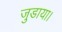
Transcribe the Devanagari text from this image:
जुडाया।